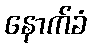
နောက်ခံ